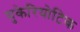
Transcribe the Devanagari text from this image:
युकेरियोटिक